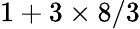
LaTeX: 1+3\times 8/3